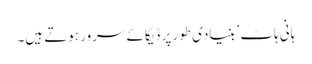
ہانی ہاٹ ’بنیادی طور پر ڈیکائے سرور ہوتے ہیں۔